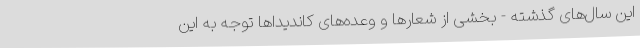
این سال‌های گذشته - بخشی از شعارها و وعده‌های کاندیداها توجه به این